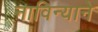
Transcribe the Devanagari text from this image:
नाविन्याने